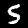
Label: 5